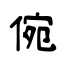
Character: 倇